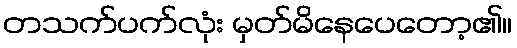
တသက်ပက်လုံး မှတ်မိနေပေတော့၏။